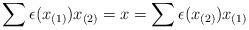
LaTeX: \begin{align*}\sum \epsilon(x_{(1)})x_{(2)} = x = \sum \epsilon(x_{(2)})x_{(1)}\end{align*}